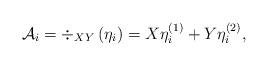
LaTeX: \begin{align*}\mathcal A_i = \div_{XY} \left( \eta_i \right) = X\eta_i^{(1)} + Y \eta_i^{(2)} , \end{align*}